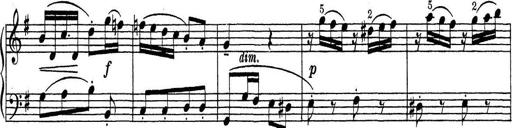
Title: ÄŒeskÃ© Sonatiny
Composer: Various